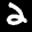
Label: 2